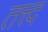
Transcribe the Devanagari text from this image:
तत्त्द